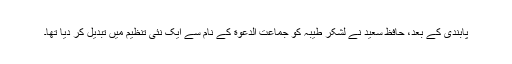
پابندی کے بعد، حافظ سعید نے لشکر طیبہ کو جماعت الدعوة کے نام سے ایک نئی تنظیم میں تبدیل کر دیا تھا۔